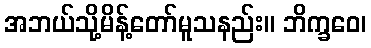
အဘယ်သို့မိန့်တော်မူသနည်း။ ဘိက္ခဝေ၊